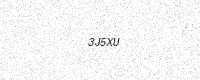
Text: 3J5XU